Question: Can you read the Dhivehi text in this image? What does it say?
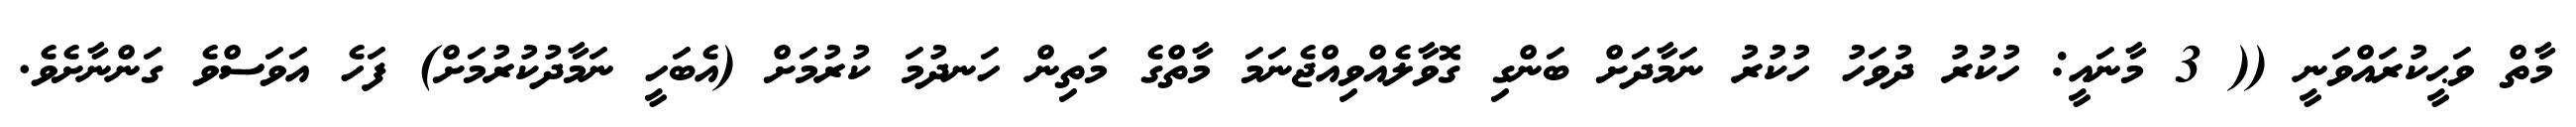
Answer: މާތް ވަޙީކުރައްވަނީ (( 3 މާނައީ: ހުކުރު ދުވަހު ހުކުރު ނަމާދަށް ބަންގި ގޮވާލެއްވިއްޖެނަމަ މާތްގެ މަތިން ހަނދުމަ ކުރުމަށް (އެބަހީ ނަމާދުކުރުމަށް) ފަހެ އަވަސްވެ ގަންނާށެވެ.